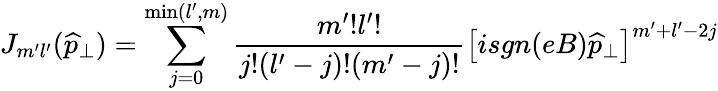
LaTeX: J_{m^{\prime}l^{\prime}}(\widehat{p}_{\perp})=\sum_{j=0}^{\operatorname*{min}(l^{\prime},m)}\frac{m^{\prime}!l^{\prime}!}{j!(l^{\prime}-j)!(m^{\prime}-j)!}\left[isgn(eB)\widehat{p}_{\perp}\right]^{m^{\prime}+l^{\prime}-2j}